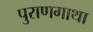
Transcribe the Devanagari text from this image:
पुराणगाथा